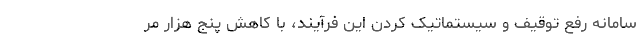
سامانه رفع توقیف و سیستماتیک کردن این فرآیند، با کاهش پنج هزار مر